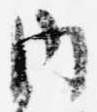
内